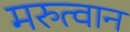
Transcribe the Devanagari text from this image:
मरुत्वान